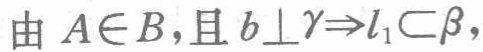
由 \(A\in B\)，且 \(b\perp\gamma\Rightarrow l_{1}\subset\beta\)